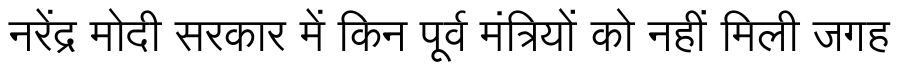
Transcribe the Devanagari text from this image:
नरेंद्र मोदी सरकार में किन पूर्व मंत्रियों को नहीं मिली जगह